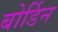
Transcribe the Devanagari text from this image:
बोर्डिन